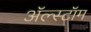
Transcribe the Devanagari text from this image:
ॲल्स्टॉम